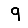
Digit: 9